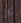
كان